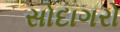
સોદાગરો